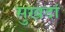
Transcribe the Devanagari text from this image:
सुखदां